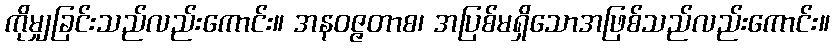
ကိုမျှခြင်းသည်လည်းကောင်း။ အနဝဇ္ဇတာစ၊ အပြစ်မရှိသောအဖြစ်သည်လည်းကောင်း။